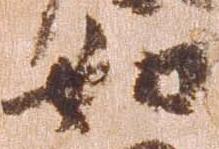
如